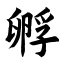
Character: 孵